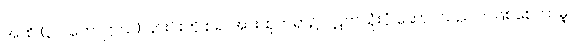
အထိ (၃၂ ကောဋ္ဌာသ) ၎င်းင်းကို စ၍ အားထုတ်ရာ၌ ပိဋကသုံးပုံ ဆောင်သည်ပင်ဖြစ်စေကာမူ